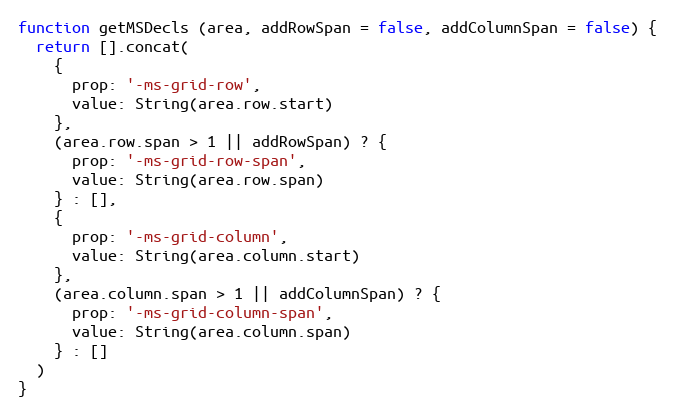
Language: JavaScript
function getMSDecls (area, addRowSpan = false, addColumnSpan = false) {
  return [].concat(
    {
      prop: '-ms-grid-row',
      value: String(area.row.start)
    },
    (area.row.span > 1 || addRowSpan) ? {
      prop: '-ms-grid-row-span',
      value: String(area.row.span)
    } : [],
    {
      prop: '-ms-grid-column',
      value: String(area.column.start)
    },
    (area.column.span > 1 || addColumnSpan) ? {
      prop: '-ms-grid-column-span',
      value: String(area.column.span)
    } : []
  )
}